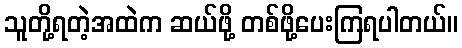
သူတို့ရတဲ့အထဲက ဆယ်ဖို့ တစ်ဖို့ပေးကြရပါတယ်။